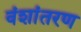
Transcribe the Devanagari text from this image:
वंशांतरण